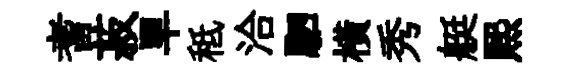
耆菽旱秪洽駟橫秀艇煕